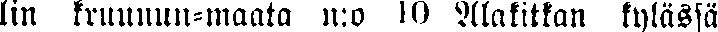
lin kruunun-maata n:o 10 Alakitkan kylässä